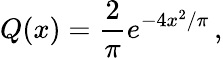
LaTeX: Q(x)=\frac{2}{\pi}e^{-4x^{2}/\pi}\, ,